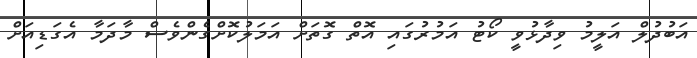
އަބުދުލް އަލީމު ވިދާޅުވީ ކޯޓު އަމުރުގައި އޮތް ގޮތަށް އަމަލުކޮށްގެންވެސް މާދަމާ އެގަޑިއަށް